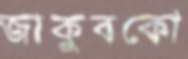
জাকুবকো